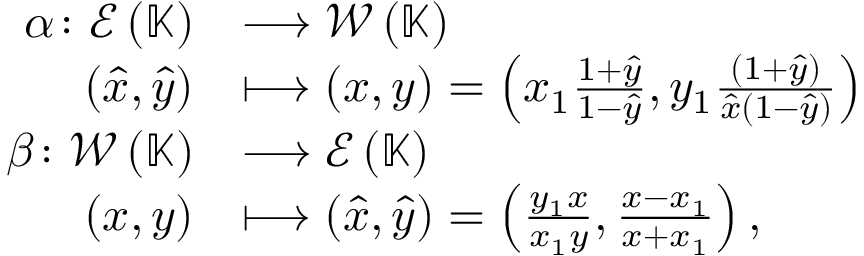
\begin{array} { r l } { \alpha \colon \mathcal { E } \left( \mathbb { K } \right) } & { \longrightarrow \mathcal { W } \left( \mathbb { K } \right) } \\ { ( \hat { x } , \hat { y } ) } & { \longmapsto ( x , y ) = \left( x _ { 1 } \frac { 1 + \hat { y } } { 1 - \hat { y } } , y _ { 1 } \frac { ( 1 + \hat { y } ) } { \hat { x } ( 1 - \hat { y } ) } \right) } \\ { \beta \colon \mathcal { W } \left( \mathbb { K } \right) } & { \longrightarrow \mathcal { E } \left( \mathbb { K } \right) } \\ { ( x , y ) } & { \longmapsto ( \hat { x } , \hat { y } ) = \left( \frac { y _ { 1 } x } { x _ { 1 } y } , \frac { x - x _ { 1 } } { x + x _ { 1 } } \right) , } \end{array}